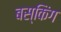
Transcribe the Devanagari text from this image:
बस्किंग